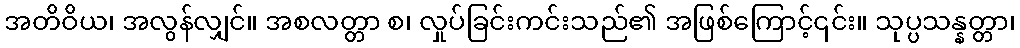
အတိဝိယ၊ အလွန်လျှင်။ အစလတ္တာ စ၊ လှုပ်ခြင်းကင်းသည်၏ အဖြစ်ကြောင့်၎င်း။ သုပ္ပသန္နတ္တာ၊